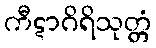
ကီဋာဂိရိသုတ္တံ